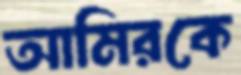
আমিরকে